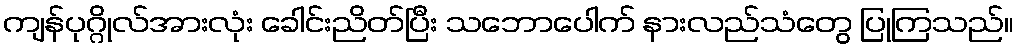
ကျန်ပုဂ္ဂိုလ်အားလုံး ခေါင်းညိတ်ပြီး သဘောပေါက် နားလည်သံတွေ ပြုကြသည်။